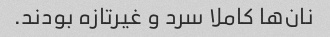
نان‌ها کاملا سرد و غیرتازه بودند.